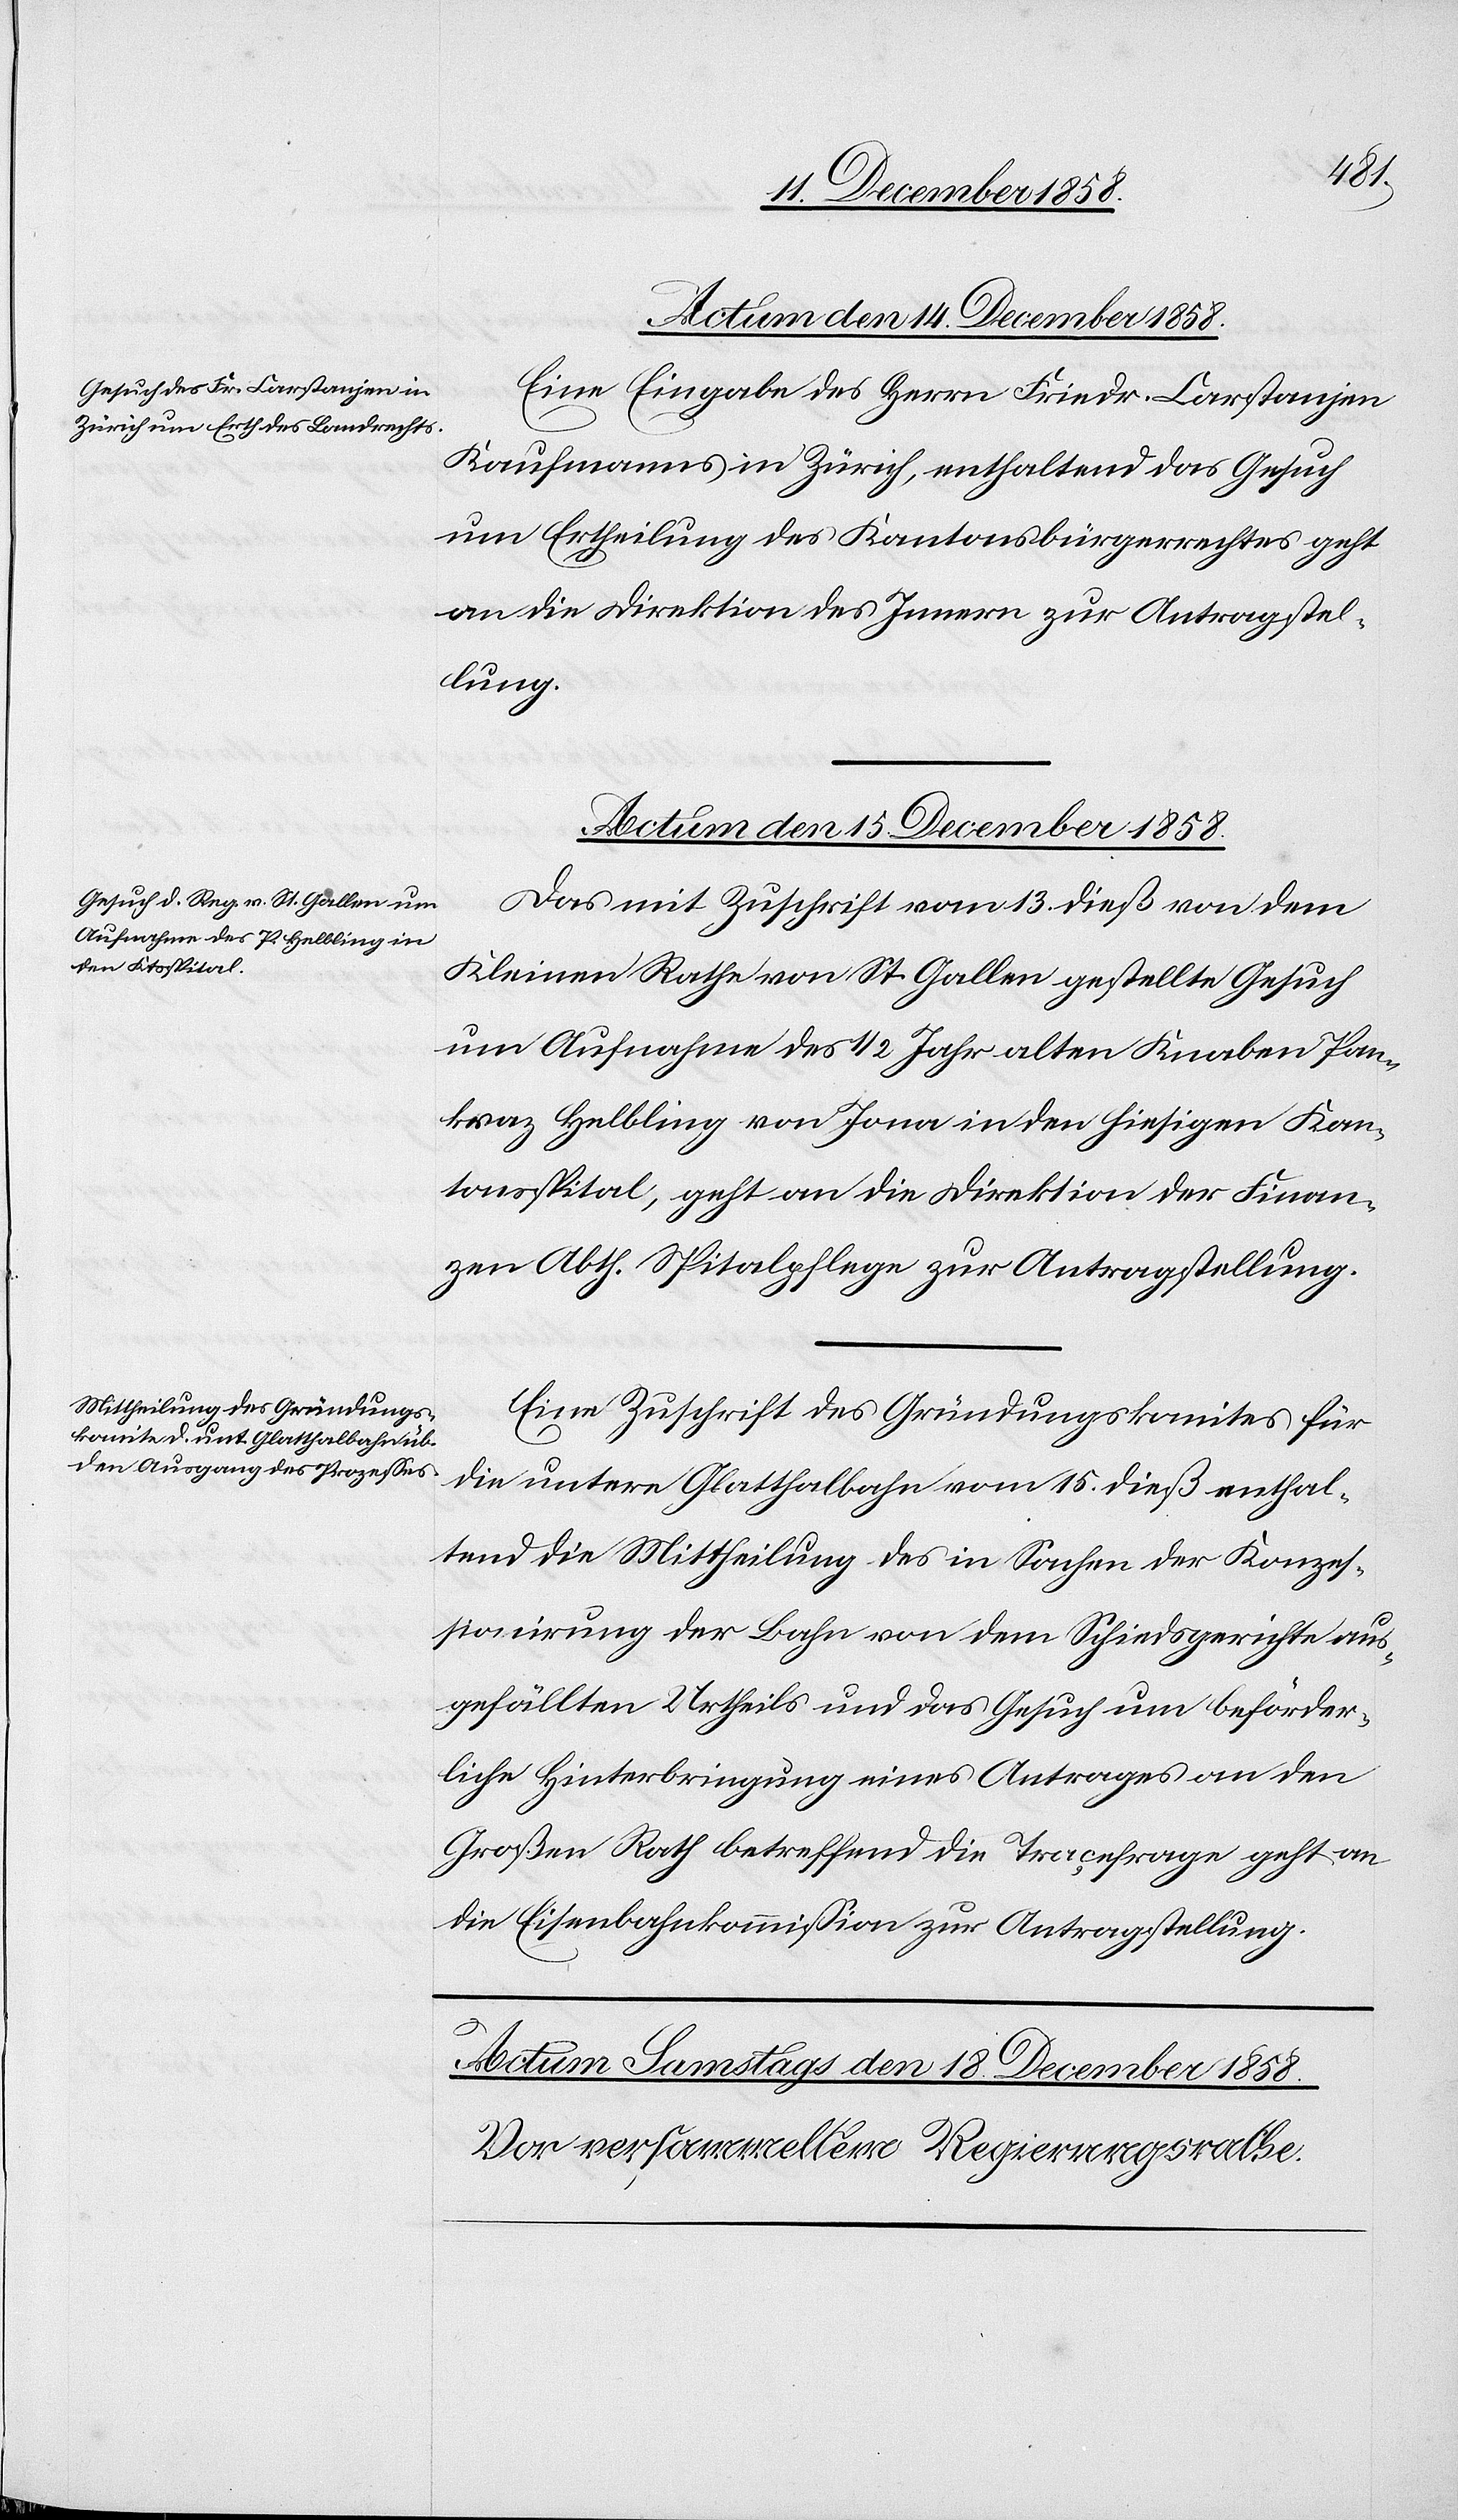
Actum den 15. December 1858.]
Eine Eingabe des Herrn Friedr. Carstanjen
Kaufmanns in Zürich, enthaltend das Gesuch
um Ertheilung des Kantonsbürgerrechtes geht
an die Direktion des Innern zur Antragstel¬
lung.
Das mit Zuschrift vom 13. dieß von dem
Kleinen Rathe von St. Gallen gestellte Gesuch
um Aufnahme des 1/2 Jahr alten Knaben Pan¬
kraz Helbling von Jona in den hiesigen Kan¬
tonsspital, geht an die Direktion der Finan¬
zen Abth. Spitalpflege zur Antragstellung.
Eine Zuschrift des Gründungskomites für
die untere Glatthalbahn vom 15. dieß enthal¬
tend die Mittheilung des in Sachen der Konzes¬
sionirung der Bahn von dem Schiedsgerichte aus¬
gefällten Urtheils und das Gesuch um beförder¬
liche Hinterbringung eines Antrages an den
Großen Rath betreffend die Traçefrage geht an
die Eisenbahnkommission zur Antragstellung.